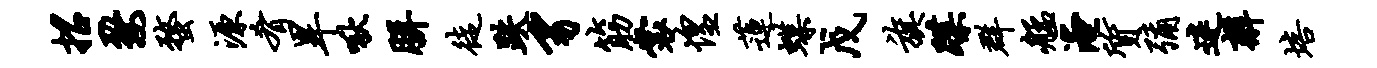
招婺蝥源肴旱啾胼徒跌豸筋裳惶莲蝶戊旗蹀群艋淹质弥迷辫培